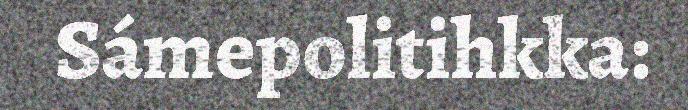
Sámepolitihkka: